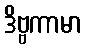
ဒိဗ္ဗကာမာ